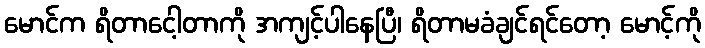
မောင်က ရိတာငေါ့တာကို အကျင့်ပါနေပြီ၊ ရိတာမခံချင်ရင်တော့ မောင့်ကို